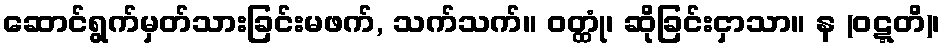
ဆောင်ရွက်မှတ်သားခြင်းမဖက်, သက်သက်။ ဝတ္ထုံ၊ ဆိုခြင်းငှာသာ။ န (ဝဋ္ဋတိ)၊